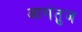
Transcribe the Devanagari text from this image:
आगंतुज